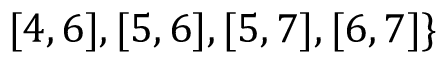
[ 4 , 6 ] , [ 5 , 6 ] , [ 5 , 7 ] , [ 6 , 7 ] \}